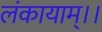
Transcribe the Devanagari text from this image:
लंकायाम्।।